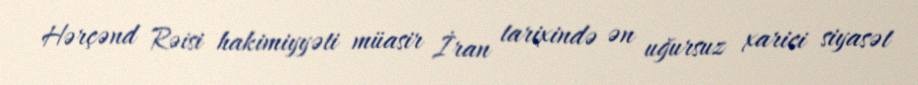
Hərçənd Rəisi hakimiyyəti müasir İran tarixində ən uğursuz xarici siyasət